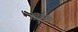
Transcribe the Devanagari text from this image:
प्रियुक्त